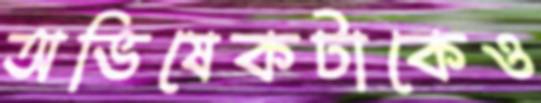
অভিষেকটাকেও